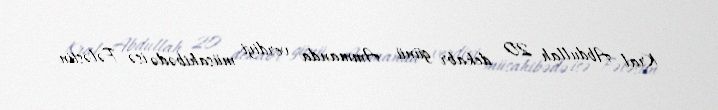
Kral Abdullah 20 dekabr günü Ammanda verdiyi müsahibədə isə Fələstin